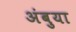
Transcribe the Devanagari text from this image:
अंबुया